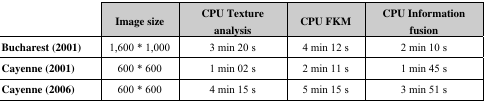
<table><thead><tr><td></td><td><b>Image size</b></td><td><b>CPU Texture analysis</b></td><td><b>CPU FKM</b></td><td><b>CPU Information fusion</b></td></tr></thead><tbody><tr><td><b>Bucharest (2001)</b></td><td>1,600 * 1,000</td><td>3 min 20 s</td><td>4 min 12 s</td><td>2 min 10 s</td></tr><tr><td><b>Cayenne (2001)</b></td><td>600 * 600</td><td>1 min 02 s</td><td>2 min 11 s</td><td>1 min 45 s</td></tr><tr><td><b>Cayenne (2006)</b></td><td>600 * 600</td><td>4 min 15 s</td><td>5 min 15 s</td><td>3 min 51 s</td></tr></tbody></table>